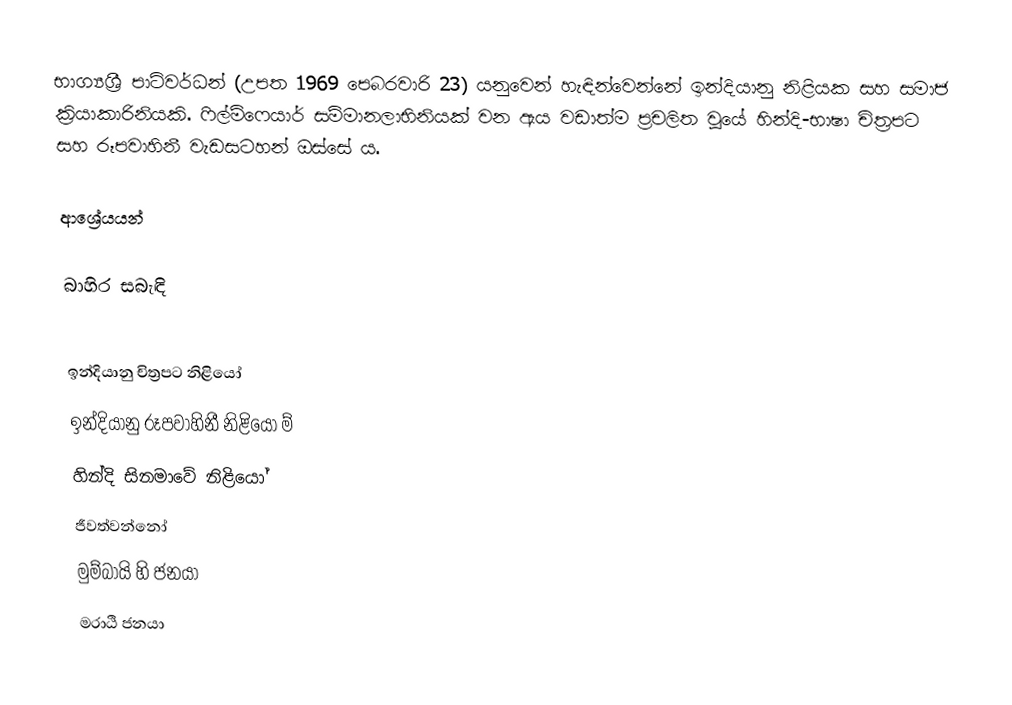
භාග්‍යශ්‍රී පාට්වර්ධන් (උපත 1969 පෙබරවාරි 23) යනුවෙන් හැඳින්වෙන්නේ ඉන්දියානු නිළියක සහ සමාජ ක්‍රියාකාරිනියකි. ෆිල්ම්ෆෙයාර් සම්මානලාභිනියක් වන ඇය වඩාත්ම ප්‍රචලිත වූයේ හින්දි-භාෂා චිත්‍රපට සහ රූපවාහිනී වැඩසටහන් ඔස්සේ ය.

ආශ්‍රේයයන්

බාහිර සබැඳි

ඉන්දියානු චිත්‍රපට නිළියෝ
ඉන්දියානු රූපවාහිනී නිළියෝ ම්
හින්දි සිනමාවේ නිළියෝ
ජීවත්වන්නෝ
මුම්බායි හි ජනයා
මරාඨි ජනයා